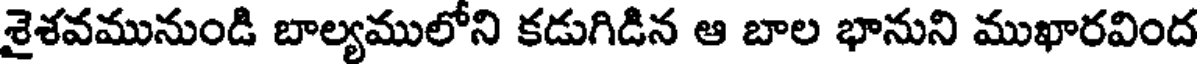
శైశవమునుండి బాల్యములోని కడుగిడిన ఆ బాల భానుని ముఖారవింద